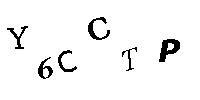
Y6CCTP